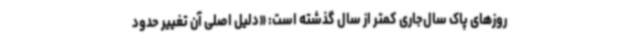
روزهای پاک ‌سال‌جاری کمتر از سال گذشته است: «دلیل اصلی آن تغییر حدود